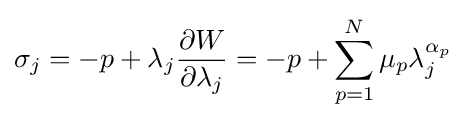
\sigma _{j}=-p+\lambda _{j}{\frac {\partial W}{\partial \lambda _{j}}}=-p+\sum _{p=1}^{N}\mu _{p}\lambda _{j}^{\alpha _{p}}